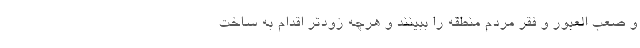
و صعب العبور و فقر مردم منطقه را ببینند و هرچه زودتر اقدام به ساخت